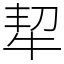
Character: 㸷